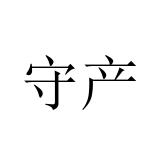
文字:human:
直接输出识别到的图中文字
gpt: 守产